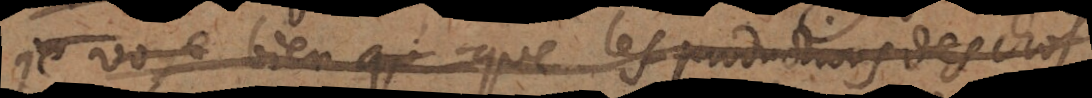
Je voye bien que les productions des chos